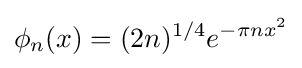
\phi _{n}(x)=(2n)^{1/4}e^{-\pi nx^{2}}